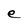
Character: e